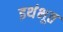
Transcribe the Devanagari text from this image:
इथंभूत